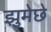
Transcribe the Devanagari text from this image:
झुमेछे